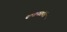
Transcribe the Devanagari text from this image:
पाचनसंयंत्र